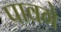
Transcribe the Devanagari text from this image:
पावगे